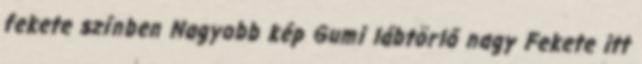
fekete színben Nagyobb kép Gumi lábtörlő nagy Fekete itt